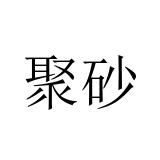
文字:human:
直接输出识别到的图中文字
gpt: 聚砂